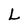
Character: L